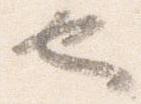
也